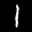
Label: 1